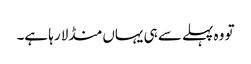
تو وہ پہلے سے ہی یہاں منڈلا رہا ہے۔